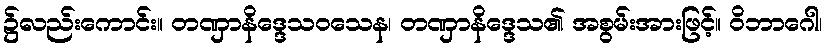
၌လည်းကောင်း။ တဏှာနိဒ္ဒေသဝသေန၊ တဏှာနိဒ္ဒေသ၏ အစွမ်းအားဖြင့်။ ဝိဘာဂေါ၊